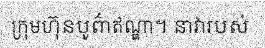
ក្រុមហ៊ុនបូព៌ាឥណ្ឌា។ នាវារបស់